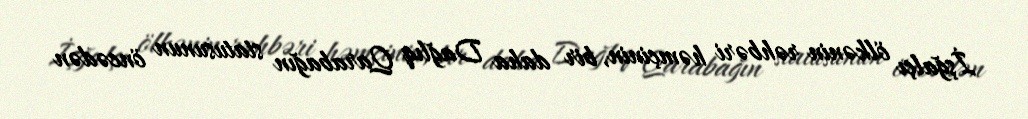
İşğalçı ölkənin rəhbəri həmçinin, bir daha Dağlıq Qarabağın statusunun öncədən